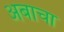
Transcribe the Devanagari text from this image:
अबाचा